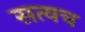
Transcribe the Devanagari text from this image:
सत्यच